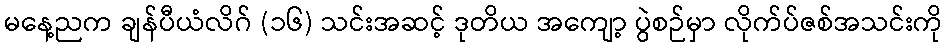
မနေ့ညက ချန်ပီယံလိဂ် (၁၆) သင်းအဆင့် ဒုတိယ အကျော့ ပွဲစဉ်မှာ လိုက်ပ်ဇစ်အသင်းကို